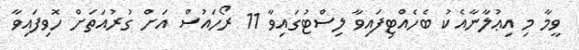
ވީމާ މި އިޢުލާނާއެކު ބެހެއްޓިފައިވާ ލިސްޓުގައިވާ 11 ރޯހައުސް އަށް ގުރުއަތަށް ހޮވިފައިވާ